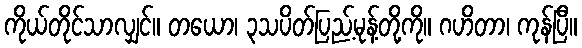
ကိုယ်တိုင်သာလျှင်။ တယော၊ ၃သပိတ်ပြည့်မုန့်တို့ကို။ ဂဟိတာ၊ ကုန်ပြီ။